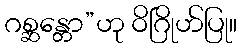
ဂစ္ဆန္တော”ဟု ဝိဂြိုဟ်ပြု။